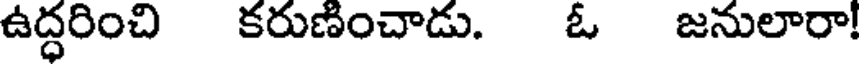
ఉద్ధరించి కరుణించాడు. ఓ జనులారా!